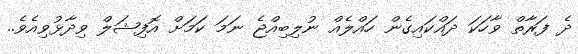
ދެ ފަރާތް ވާހަކަ ދައްކައިގެން ހައްލެއް ނުލިބިއްޖެ ނަމަ ކަމަށް އޮފިޝަލް ވިދާޅުވިއެވެ..